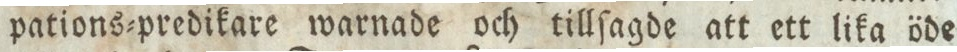
pations=predikare warnade och tillſagde att ett lika öde